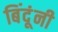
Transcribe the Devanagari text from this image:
बिंदूंनी